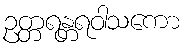
ဥတ္တရန္တရဝါသကော